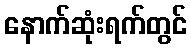
နောက်ဆုံးရက်တွင်